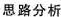
思路分析